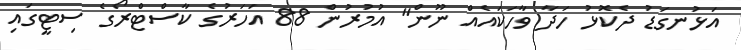
އަޅުނގަޑު ދެކޮޅު ހަދާ ވާހަަކައެއް ނޫން" އުމުރުން 88 އަަހަރުގެ ކާސްޓްރޯގެ ސިޓީގައި